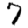
Digit: 7